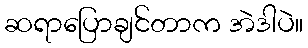
ဆရာပြောချင်တာက အဲဒါပဲ။